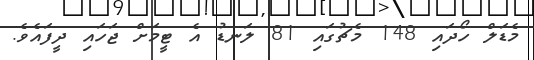
މެޑަލް ހޯދައި 148 މެޗުގައި 81 ލަނޑު އެ ޓީމަށް ޖަހައި ދީފައެވެ.